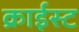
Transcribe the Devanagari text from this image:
क्राईस्ट